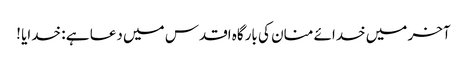
آخر میں خدائے منان کی بارگاہ اقدس میں دعا ہے : خدایا !